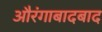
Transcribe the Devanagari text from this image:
औरंगाबादबाद